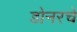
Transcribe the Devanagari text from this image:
डोनरचे